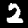
Label: 2